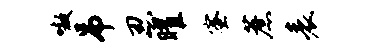
嗷吊忍曜蜜蔗表